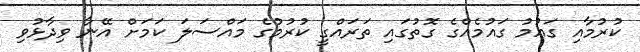
ކުރުމާއި ގައުމު ގައުމެއްގެ ގޮތުގައި ތަރައްގީ ކުރުމުގެ މައްސަލަ ކަމަށް އޭނާ ވިދާޅުވި